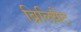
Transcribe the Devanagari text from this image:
ब्रिलियैंट